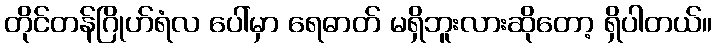
တိုင်တန်ဂြိုဟ်ရံလ ပေါ်မှာ ရေဓာတ် မရှိဘူးလားဆိုတော့ ရှိပါတယ်။